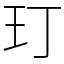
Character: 玎